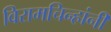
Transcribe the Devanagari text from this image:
विरामचिन्हांनी